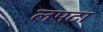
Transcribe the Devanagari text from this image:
लपटा